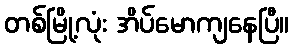
တစ်မြို့လုံး အိပ်မောကျနေပြီ။